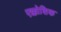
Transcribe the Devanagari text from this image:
एक्कोशिक